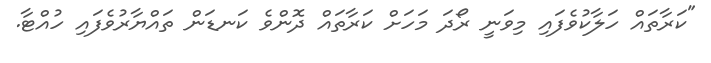
"ކަރާތައް ހަލާކުވެފައި މިވަނީ ރޯދަ މަހަށް ކަރާތައް ދޮންވެ ކަނޑަން ތައްޔާރުވެފައި ހުއްޓާ.